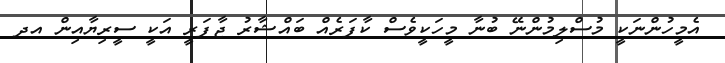
އެމީހުންނަކީ މުސްލިމުންނޭ ބުނާ މީހަކީވެސް ކާފަރެއް ބައްޝާރު ޖާފަރީ އަކީ ސީރިޔާއިން އދ